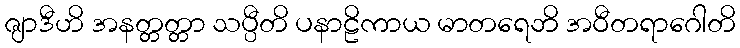
ဇျာဒီဟိ အနတ္တတ္တာ သပ္ပီတိ ပနာဠိကာယ မာတရေဘိ အဝီတရာဂေါတိ